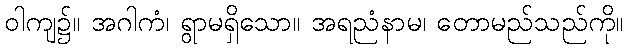
ဝါကျ၌။ အဂါကံ၊ ရွာမရှိသော။ အရညံနာမ၊ တောမည်သည်ကို။